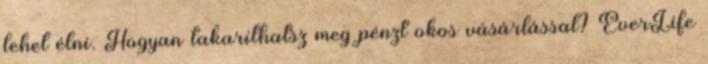
lehet élni. Hogyan takaríthatsz meg pénzt okos vásárlással? EverLife